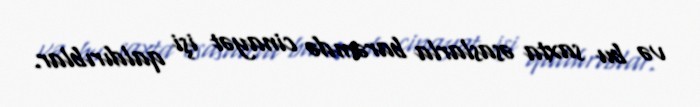
və bu saxta əsaslarla barəmdə cinayət işi qaldırıblar.